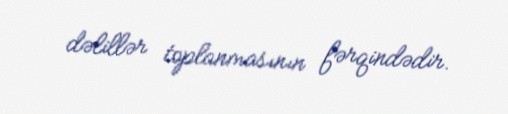
dəlillər toplanmasının fərqindədir.